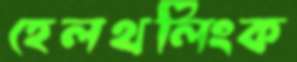
হেলথলিংক